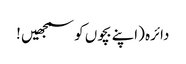
دائرہ (اپنے بچوں کو سمجھیں !